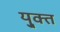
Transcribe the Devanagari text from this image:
यु्क्त